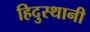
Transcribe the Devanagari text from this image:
हिदुस्थानी